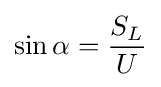
\sin \alpha ={\frac {S_{L}}{U}}